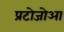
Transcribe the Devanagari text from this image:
प्रटोजोआ